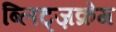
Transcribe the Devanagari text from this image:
ब्लिट्ज़क्रेग